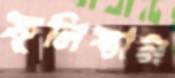
ফুলিস্তান